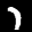
Label: 7